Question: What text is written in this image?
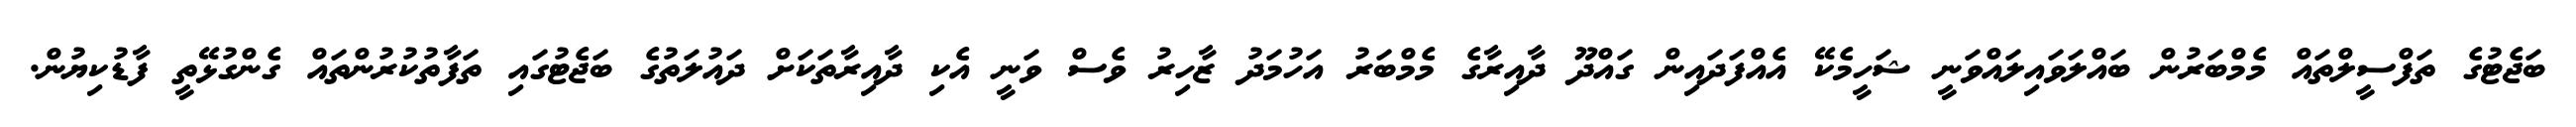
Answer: ބަޖެޓުގެ ތަފްސީލްތައް މެމްބަރުން ބައްލަވައިލައްވަނީ ޝަހީމެކޭ އެއްފަދައިން ގައްދޫ ދާއިރާގެ މެމްބަރު އަހުމަދު ޒާހިރު ވެސް ވަނީ އެކި ދާއިރާތަކަށް ދައުލަތުގެ ބަޖެޓުގައި ތަފާތުކުރުންތައް ގެންގުޅޭތީ ފާޑުކިޔުން.